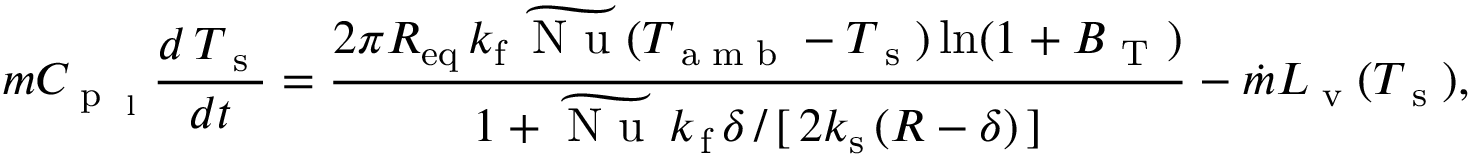
m C _ { \textup { p } _ { \textup { l } } } \frac { d \, T _ { \textup { s } } } { d t } = \frac { 2 \pi R _ { \mathrm { e q } } \, k _ { \mathrm { f } } \, \widetilde { \textup { N u } } ( T _ { \textup { a m b } } - T _ { \textup { s } } ) \ln ( 1 + B _ { \mathrm { ~ T ~ } } ) } { { 1 + \widetilde { \textup { N u } } \, k _ { \mathrm { \, f } } \, \delta \, / \, [ \, 2 k _ { \mathrm { s } } \, ( R - \delta ) \, ] } } - \dot { m } L _ { \textup { v } } ( T _ { \textup { s } } ) ,